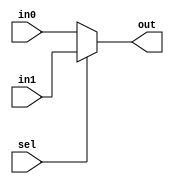
`timescale 1ns/100ps
module mux(in0, in1, sel, out);

input [7:0] in0, in1;          //ports to input data to multiplexer
input sel;                     //selecting port of the multiplexer
output reg [7:0] out;

always @ (in0, in1, sel)       //this will run always when changes happen in in0, in1, sel
 begin
   if(sel == 1'b0)
      out = in0;
   else
      out = in1;
 end

endmodule